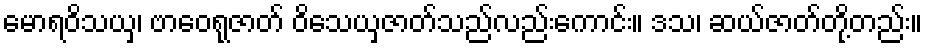
မောရဝိသယှ၊ ဗာဝေရုဇာတ် ဝိသေယှဇာတ်သည်လည်းကောင်း။ ဒသ၊ ဆယ်ဇာတ်တို့တည်း။